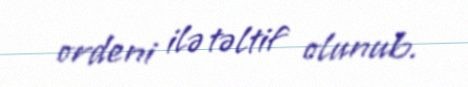
ordeni ilə təltif olunub.